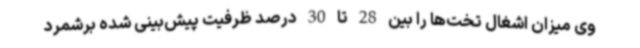
وی میزان اشغال تخت‌ها را بین 28 تا 30 درصد ظرفیت پیش‌بینی شده برشمرد